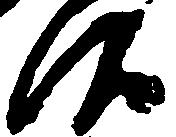
候